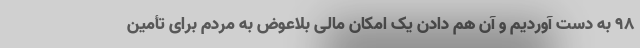
۹۸ به دست آوردیم و آن‌ هم دادن یک امکان مالی بلاعوض به مردم برای تأمین